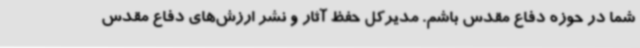
شما در حوزه دفاع مقدس باشم. مدیرکل حفظ آثار و نشر ارزش‌های دفاع مقدس